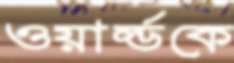
ওয়ার্ল্ডকে